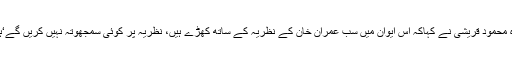
بلاول بھٹوزرداری کے نکات کاجواب دیتے ہوئے شاہ محمود قریشی نے کہاکہ اس ایوان میں سب عمران خان کے نظریہ کے ساتھ کھڑے ہیں، نظریہ پر کوئی سمجھوتہ نہیں کریں گے‘ہم سودا کرنے نہیں آئے ‘عمران خان کیوں استعفیٰ دیں۔